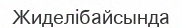
Жиделібайсында